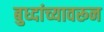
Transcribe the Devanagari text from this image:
बुध्दांच्यावरून